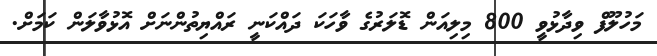
މަހުލޫފް ވިދާޅުވީ 800 މިލިއަން ޑޮލަރުގެ ވާހަކަ ދައްކަނީ ރައްޔިތުންނަށް އޮޅުވާލަން ކަމަށް.